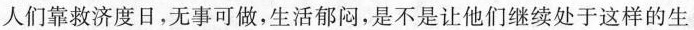
人们靠救济度日，无事可做，生活郁闷，是不是让他们继续处于这样的生